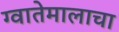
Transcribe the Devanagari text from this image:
ग्वातेमालाचा